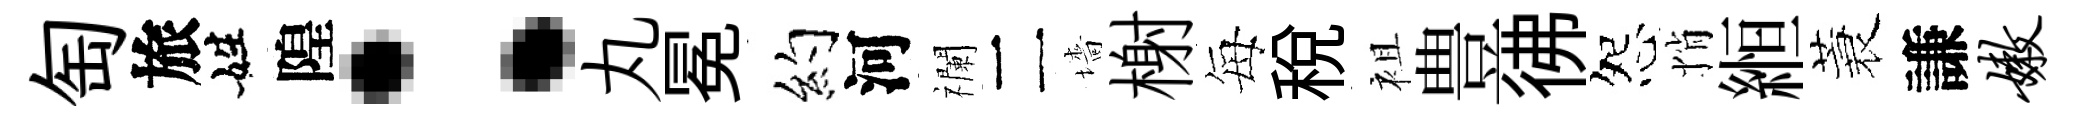
匋旅姓隍：丸冕约河襴二墻榭每税袓豊彿怨悄縆蓑謙嫩